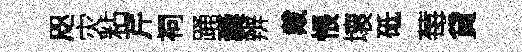
咫灾粘芹祠踊囊辨戴悵壞砥莓貸